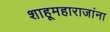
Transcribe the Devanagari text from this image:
शाहूमहाराजांना